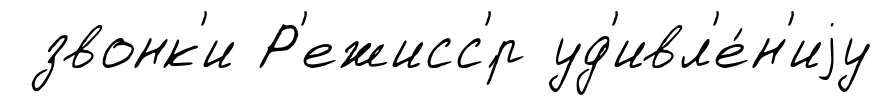
звонк'и Р'ежисс'́р уд'ивл'е́н'иjу